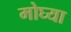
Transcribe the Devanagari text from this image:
मोघ्या